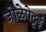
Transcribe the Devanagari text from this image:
जोळेपेट्टई